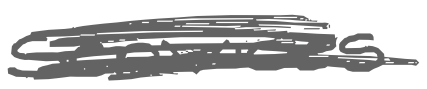
Text: services
Cross-out: scratch
Writing tool: digital_gray